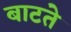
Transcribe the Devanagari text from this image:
बाटते